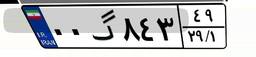
۶۵گ۶۴۰۲۳